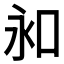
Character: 𠰦